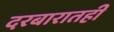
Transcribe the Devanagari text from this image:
दरबारातही